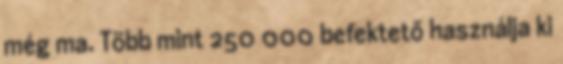
még ma. Több mint 250 000 befektető használja ki